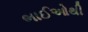
ભાઈઓથી